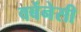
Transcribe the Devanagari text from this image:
वर्बेनेसी